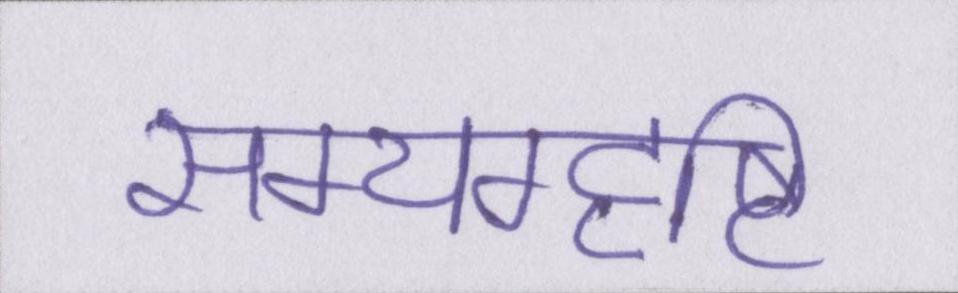
सम्यग्दृष्टि